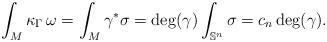
LaTeX: \begin{align*}\int_M \kappa_\Gamma \, \omega = \int_M \gamma^{*} \sigma = \operatorname{deg}(\gamma) \int_{\mathbb{S}^n} \sigma = c_n \operatorname{deg}(\gamma).\end{align*}